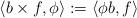
LaTeX: \begin{align*}\langle b\times f, \phi\rangle := \langle \phi b, f\rangle \end{align*}